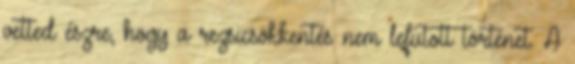
vetted észre, hogy a rezsicsökkentés nem lefutott történet. A